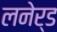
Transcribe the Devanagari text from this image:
लनेर्ड